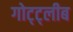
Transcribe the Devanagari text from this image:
गोट्ट्लीब